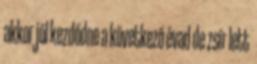
akkor jól kezdődne a következő évad de zsír lett